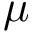
\mu